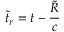
\tilde { t } _ { r } = t - \frac { \tilde { R } } { c }